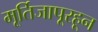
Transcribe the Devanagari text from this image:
मूर्तिजापूरहून